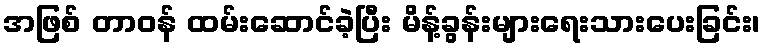
အဖြစ် တာဝန် ထမ်းဆောင်ခဲ့ပြီး မိန့်ခွန်းများရေးသားပေးခြင်း၊